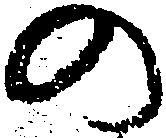
の